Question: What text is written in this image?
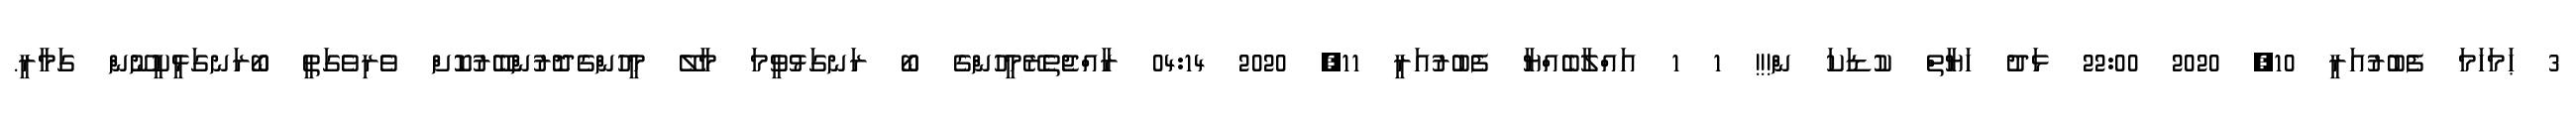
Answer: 3 ޙަމަހަމަ ފެބުރުއަރީ 10, 2020 22:00 ޅަދު ހަޔާތް ކުޑަކަ ން!!! 1 1 އައްލާބެއްޔާ ފެބުރުއަރީ 11, 2020 04:14 ރާއްޖެތެރޭމީހުންގެ ބޯ ރަނގަޅުވީމަ މާލޭ މީހުންގެދޮރުންބޭރުކޮށް ވެރިވެގަތީ ބޯރަނގަޅީކީނޫން ގަމާރީ.